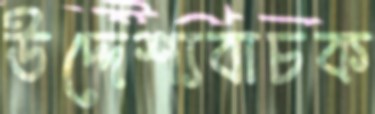
উদ্দেশ্যবাচক